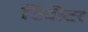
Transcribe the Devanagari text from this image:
टिवीटर